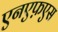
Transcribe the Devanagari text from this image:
एनएफ़एस